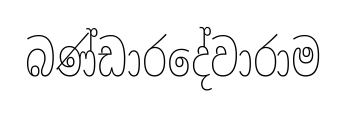
බණ්ඩාරදේවාරාම